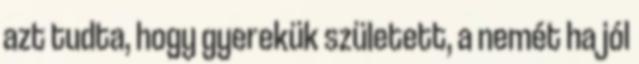
azt tudta, hogy gyerekük született, a nemét ha jól